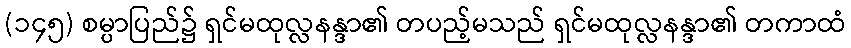
(၁၄၅) စမ္ပာပြည်၌ ရှင်မထုလ္လနန္ဒာ၏ တပည့်မသည် ရှင်မထုလ္လနန္ဒာ၏ တကာထံ